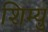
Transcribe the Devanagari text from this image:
शिम्यु